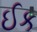
ઈક